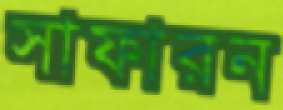
সাফারন